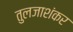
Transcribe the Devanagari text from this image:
तुलजाशंकर